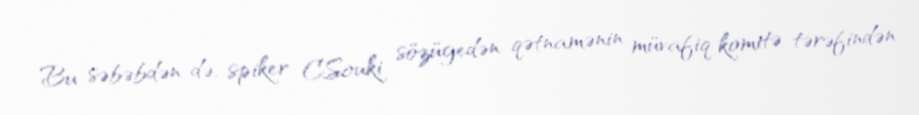
Bu səbəbdən də, spiker C.Souki sözügedən qətnamənin müvafiq komitə tərəfindən